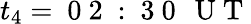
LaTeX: t_{4}=\mathrm{~0~2~:~3~0~\, ~U~T~}